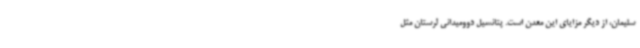
سلیمان، از دیگر مزایای این معدن است. پتانسیل دوومیدانی لرستان مثل